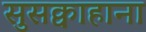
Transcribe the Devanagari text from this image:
सुसक्वाहाना